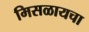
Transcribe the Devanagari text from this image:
मिसळायचा